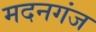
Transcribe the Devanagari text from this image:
मदनगंज